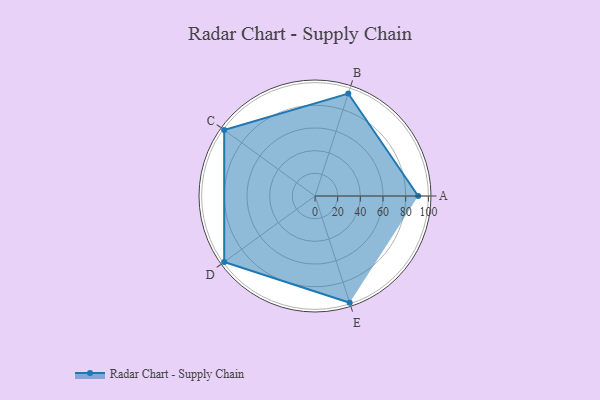
{"axis": {"x": "Skill", "y": "Score"}, "legend": ["Profile"], "data": [{"x": "A", "y": 91.0, "type": "Profile"}, {"x": "B", "y": 95.0, "type": "Profile"}, {"x": "C", "y": 99.0, "type": "Profile"}, {"x": "D", "y": 99, "type": "Profile"}, {"x": "E", "y": 99, "type": "Profile"}]}